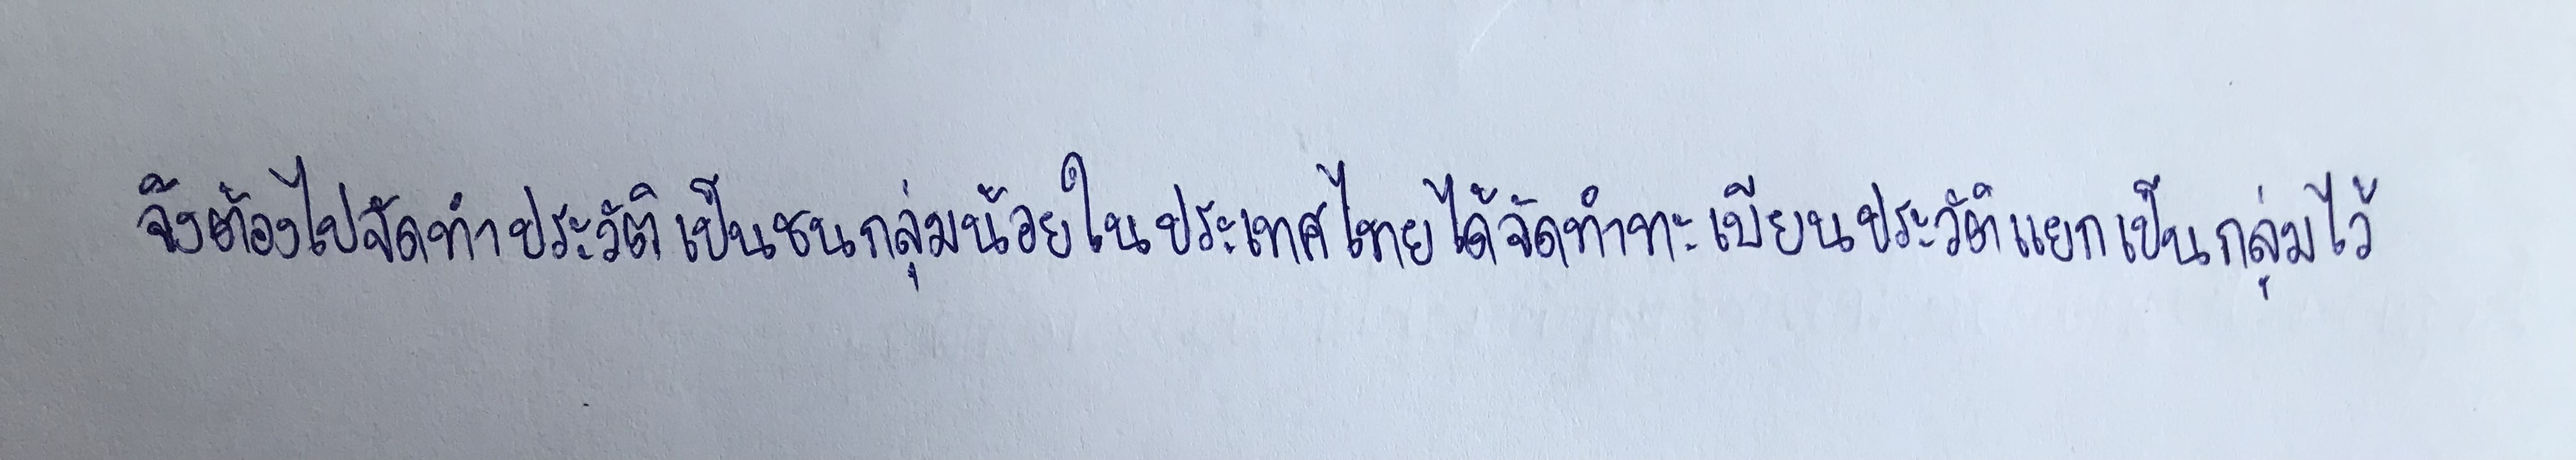
จึงต้องไปจัดทำประวัติเป็นชนกลุ่มน้อยในประเทศไทยได้จัดทำทะเบียนประวัติแยกเป็นกลุ่มไว้